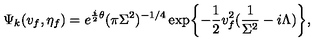
\Psi _ { k } ( v _ { f } , \eta _ { f } ) = e ^ { { \frac { i } { 2 } } \theta } ( \pi \Sigma ^ { 2 } ) ^ { - 1 / 4 } \exp \biggl \{ - { \frac { 1 } { 2 } } v _ { f } ^ { 2 } ( { \frac { 1 } { \Sigma ^ { 2 } } } - i \Lambda ) \biggr \} ,